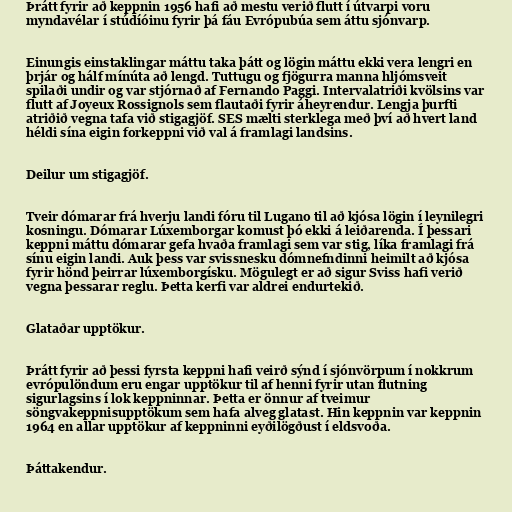
Þrátt fyrir að keppnin 1956 hafi að mestu verið flutt í útvarpi voru
myndavélar í stúdíóinu fyrir þá fáu Evrópubúa sem áttu sjónvarp.

Einungis einstaklingar máttu taka þátt og lögin máttu ekki vera lengri en
þrjár og hálf mínúta að lengd. Tuttugu og fjögurra manna hljómsveit
spilaði undir og var stjórnað af Fernando Paggi. Intervalatriði kvölsins var
flutt af Joyeux Rossignols sem flautaði fyrir áheyrendur. Lengja þurfti
atriðið vegna tafa við stigagjöf. SES mælti sterklega með því að hvert land
héldi sína eigin forkeppni við val á framlagi landsins.

Deilur um stigagjöf.

Tveir dómarar frá hverju landi fóru til Lugano til að kjósa lögin í leynilegri
kosningu. Dómarar Lúxemborgar komust þó ekki á leiðarenda. Í þessari
keppni máttu dómarar gefa hvaða framlagi sem var stig, líka framlagi frá
sínu eigin landi. Auk þess var svissnesku dómnefndinni heimilt að kjósa
fyrir hönd þeirrar lúxemborgísku. Mögulegt er að sigur Sviss hafi verið
vegna þessarar reglu. Þetta kerfi var aldrei endurtekið.

Glataðar upptökur.

Þrátt fyrir að þessi fyrsta keppni hafi veirð sýnd í sjónvörpum í nokkrum
evrópulöndum eru engar upptökur til af henni fyrir utan flutning
sigurlagsins í lok keppninnar. Þetta er önnur af tveimur
söngvakeppnisupptökum sem hafa alveg glatast. Hin keppnin var keppnin
1964 en allar upptökur af keppninni eyðilögðust í eldsvoða.

Þáttakendur.